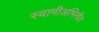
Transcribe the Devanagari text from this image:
स्वामीअभिनीत